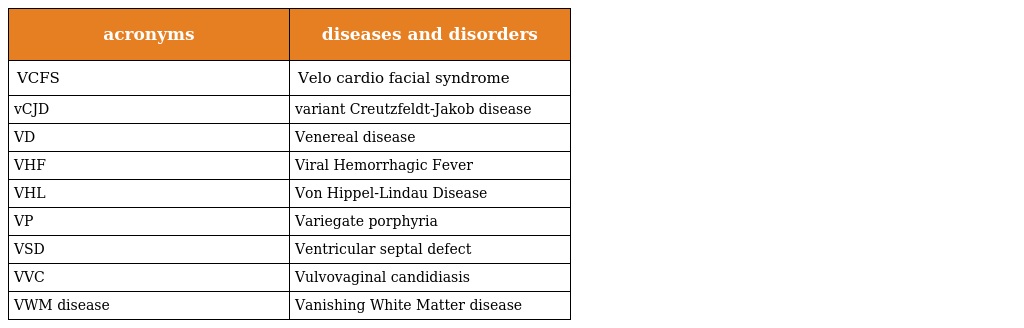
| acronyms | diseases and disorders |
 | --- | --- |
 | VCFS | Velo cardio facial syndrome |
 | vCJD | variant Creutzfeldt-Jakob disease |
 | VD | Venereal disease |
 | VHF | Viral Hemorrhagic Fever |
 | VHL | Von Hippel-Lindau Disease |
 | VP | Variegate porphyria |
 | VSD | Ventricular septal defect |
 | VVC | Vulvovaginal candidiasis |
 | VWM disease | Vanishing White Matter disease |